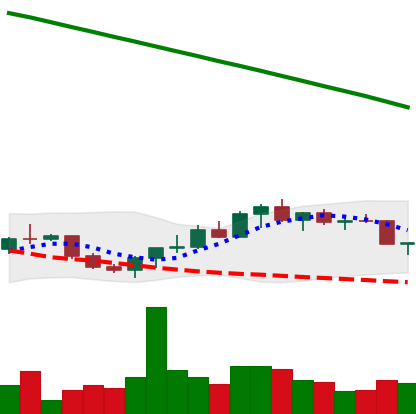
Ticker: XRP-USD
Chart end date: 2022-07-26
Forward return: 12.623%
Label: up_7plus